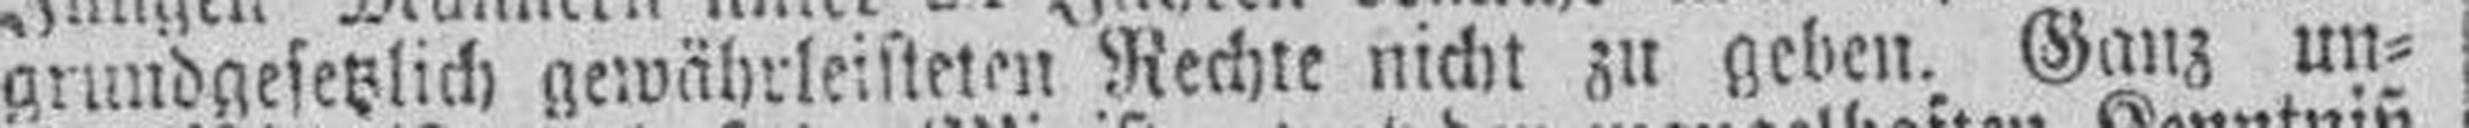
grundgesetzlich gewährleisteten Rechte nicht zu geben. Ganz un¬